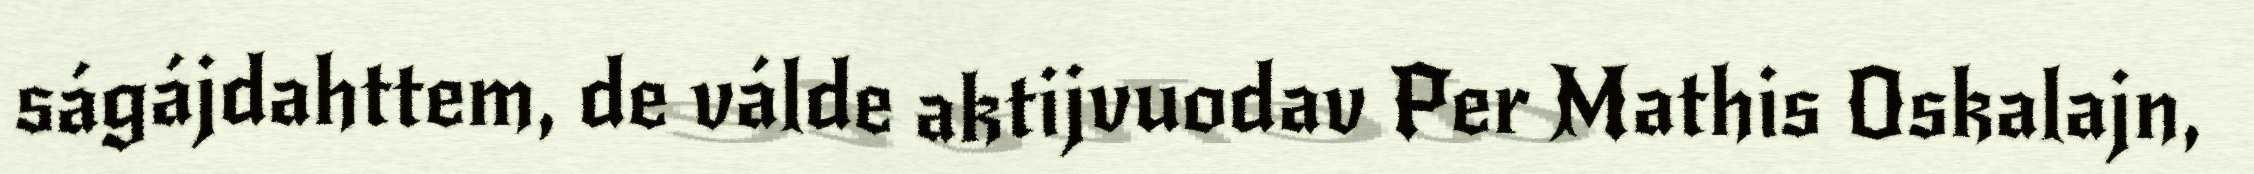
ságájdahttem, de válde aktijvuodav Per Mathis Oskalajn,